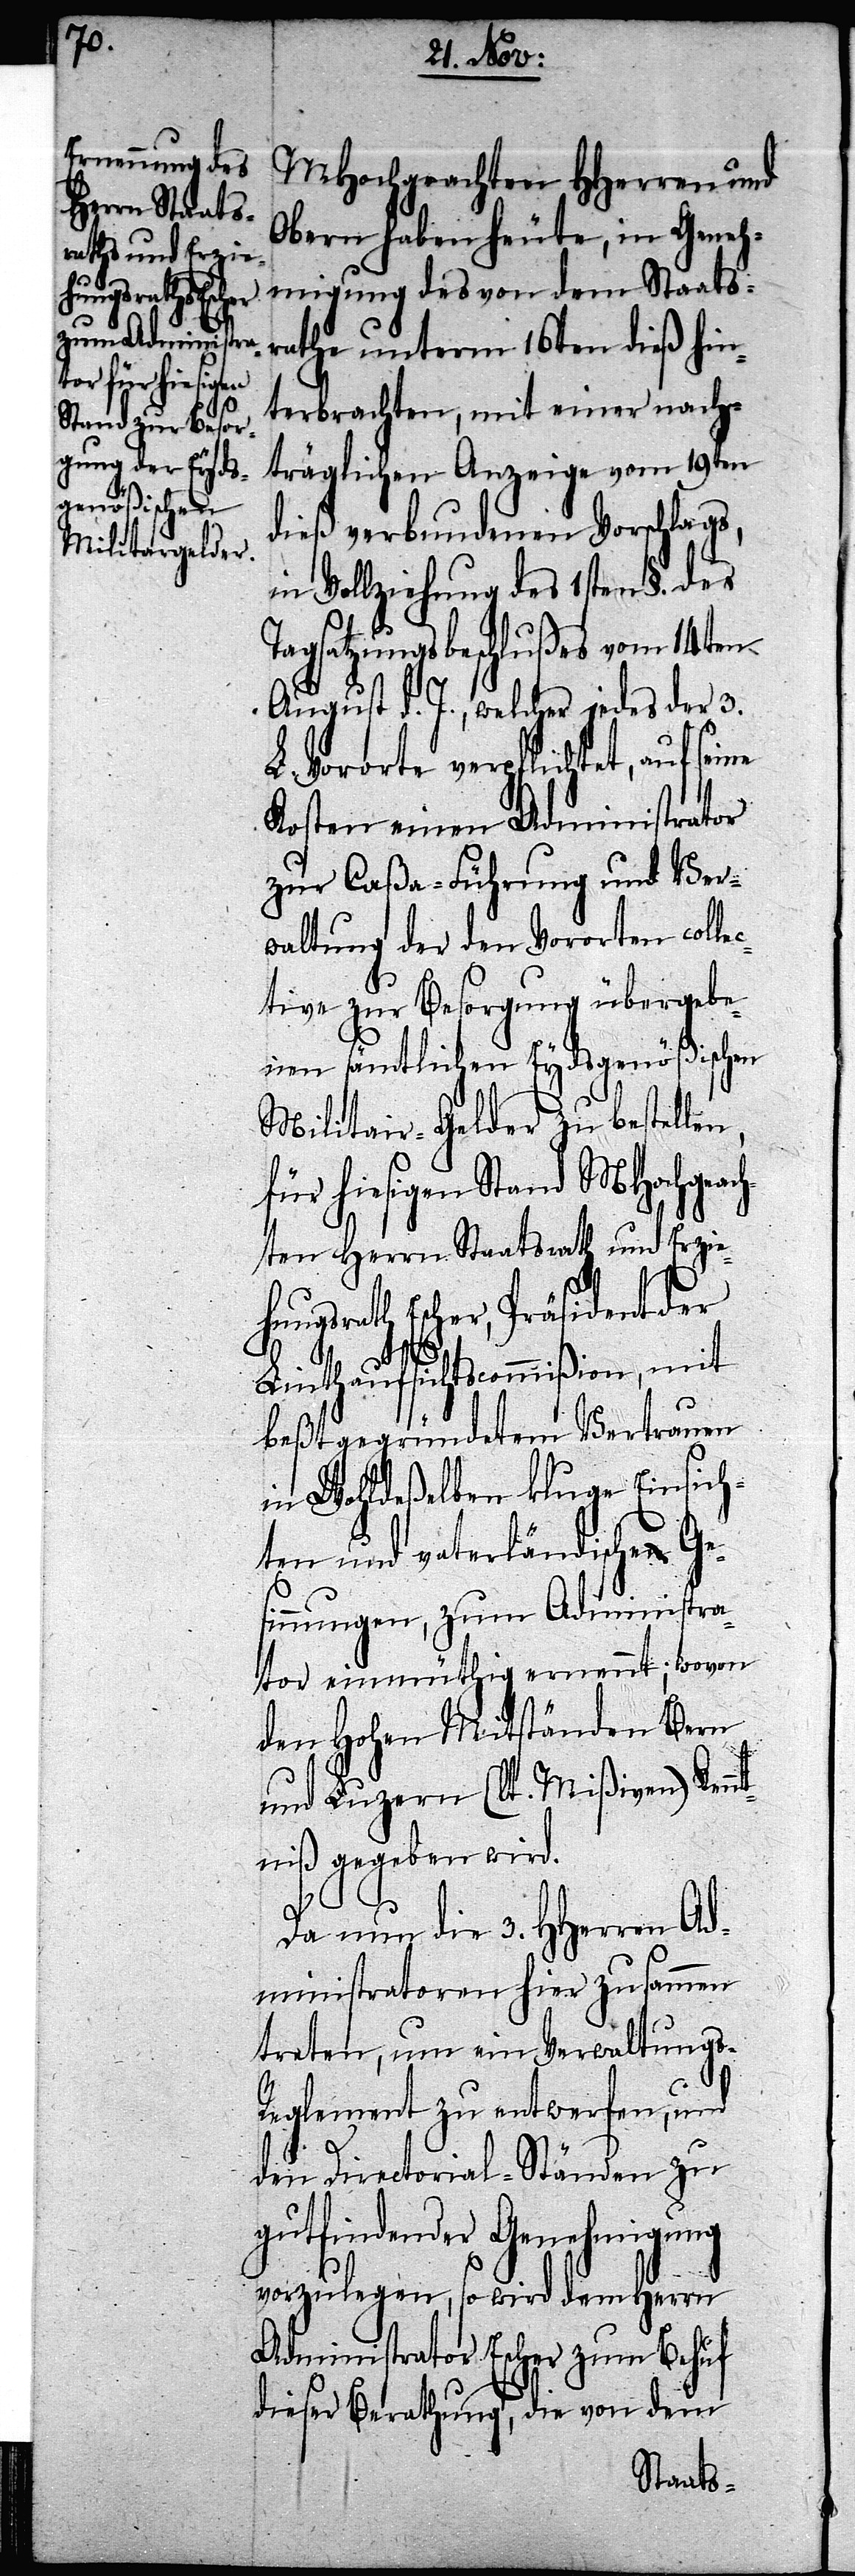
MHochgeachten HHerren und
Obern haben heute, in Geneh¬
migung des von dem Staats¬
rathe unterm 16ten dieß hin¬
terbrachten, mit einer nach¬
träglichen Anzeige vom 19ten
dieß verbundenen Vorschlags,
in Vollziehung des 1sten §. des
Tagsatzungsbeschlußes vom 14ten
August d. J., welches jedes der 3.
L. Vororte verpflichtet, auf seine
Kosten einen Administrator
zur Caßa-Führung und Ver¬
waltung der den Vororten colle¬
ctive zur Besorgung übergebe¬
nen sämtlichen Eydsgenößischen
Militair-Gelder zu bestellen,
für hiesigen Stand MHochgeac¬
hten Herrn Staatsrath und Erzie¬
hungsrath Escher, Präsident der
Linthschiffahrtscommißion, mit
beßtgegründetem Vertrauen
in Wohldeßelben kluge Einsich¬
ten und vaterländische Ge¬
sinnungen, zum Administra¬
tor einmüthig ernennt; wovon
den Hohen Mitständen Bern
und Luzern (lt. Mißiven) Kenn¬
tniß gegeben wird.
Da nun die 3. HHerren Ad¬
ministratoren hier zusammen
treten, um ein Verwaltungs-R¬
eglement zu entwerfen, und
den Directorial-Ständen zu
gutfindender Genehmigung
vorzulegen, so wird dem Herrn
Administrator Escher zum Behuf
dieser Berathung, die von dem